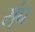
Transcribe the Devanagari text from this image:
स्ंघ